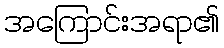
အကြောင်းအရာ၏